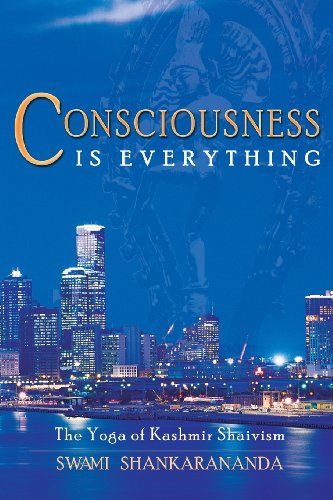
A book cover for Consciousness Is Everything: The Yoga of Kashmir Shaivism; Swami Shankarananda; Religion & Spirituality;